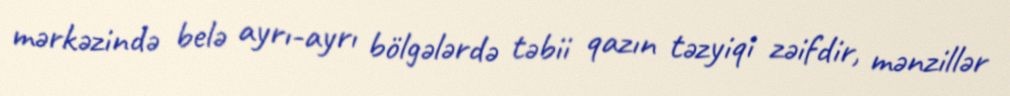
mərkəzində belə ayrı-ayrı bölgələrdə təbii qazın təzyiqi zəifdir, mənzillər